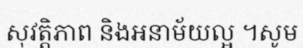
សុវត្តិភាព និងអនាម័យល្អ ។សូម